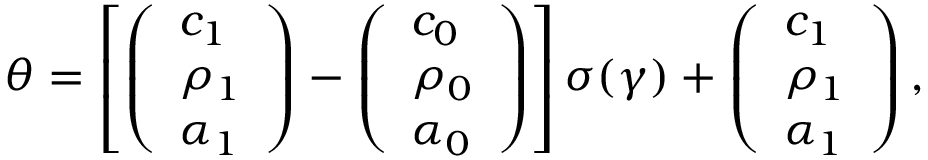
\theta = \left[ \left( \begin{array} { l } { c _ { 1 } } \\ { \rho _ { 1 } } \\ { \alpha _ { 1 } } \end{array} \right) - \left( \begin{array} { l } { c _ { 0 } } \\ { \rho _ { 0 } } \\ { \alpha _ { 0 } } \end{array} \right) \right] \sigma ( \gamma ) + \left( \begin{array} { l } { c _ { 1 } } \\ { \rho _ { 1 } } \\ { \alpha _ { 1 } } \end{array} \right) ,